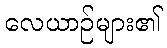
လေယာဉ်များ၏